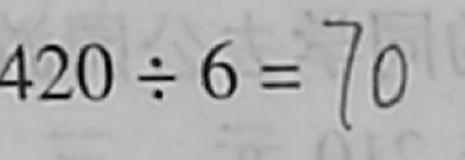
4 2 0 \div 6 = 7 0